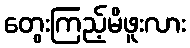
တွေးကြည့်မိဖူးလား